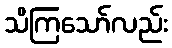
သိကြသော်လည်း